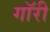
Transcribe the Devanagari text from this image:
गॉरी